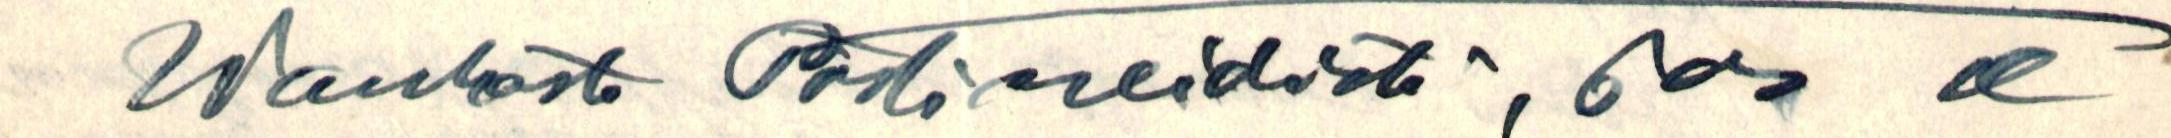
Wanhasta Postineidistä, jos se